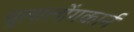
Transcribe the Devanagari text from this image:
चूलालोंगकार्न